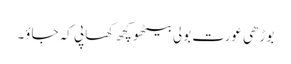
بوڑھی عورت بولی بیٹھو کچھ کھا پی کہ جاؤ۔